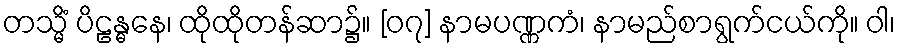
တသ္မိံ ပိဠန္ဓနေ၊ ထိုထိုတန်ဆာ၌။ [၀၇] နာမပဏ္ဏကံ၊ နာမည်စာရွက်ငယ်ကို။ ဝါ၊